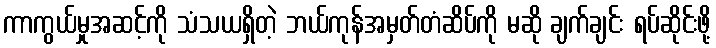
ကာကွယ်မှုအဆင့်ကို သံသယရှိတဲ့ ဘယ်ကုန်အမှတ်တံဆိပ်ကို မဆို ချက်ချင်း ရပ်ဆိုင်းဖို့